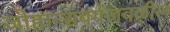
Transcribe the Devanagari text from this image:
जोहान्सबर्गजवळील